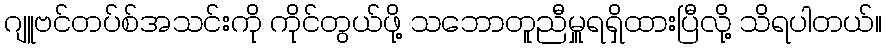
ဂျူဗင်တပ်စ်အသင်းကို ကိုင်တွယ်ဖို့ သဘောတူညီမှူရရှိထားပြီလို့ သိရပါတယ်။